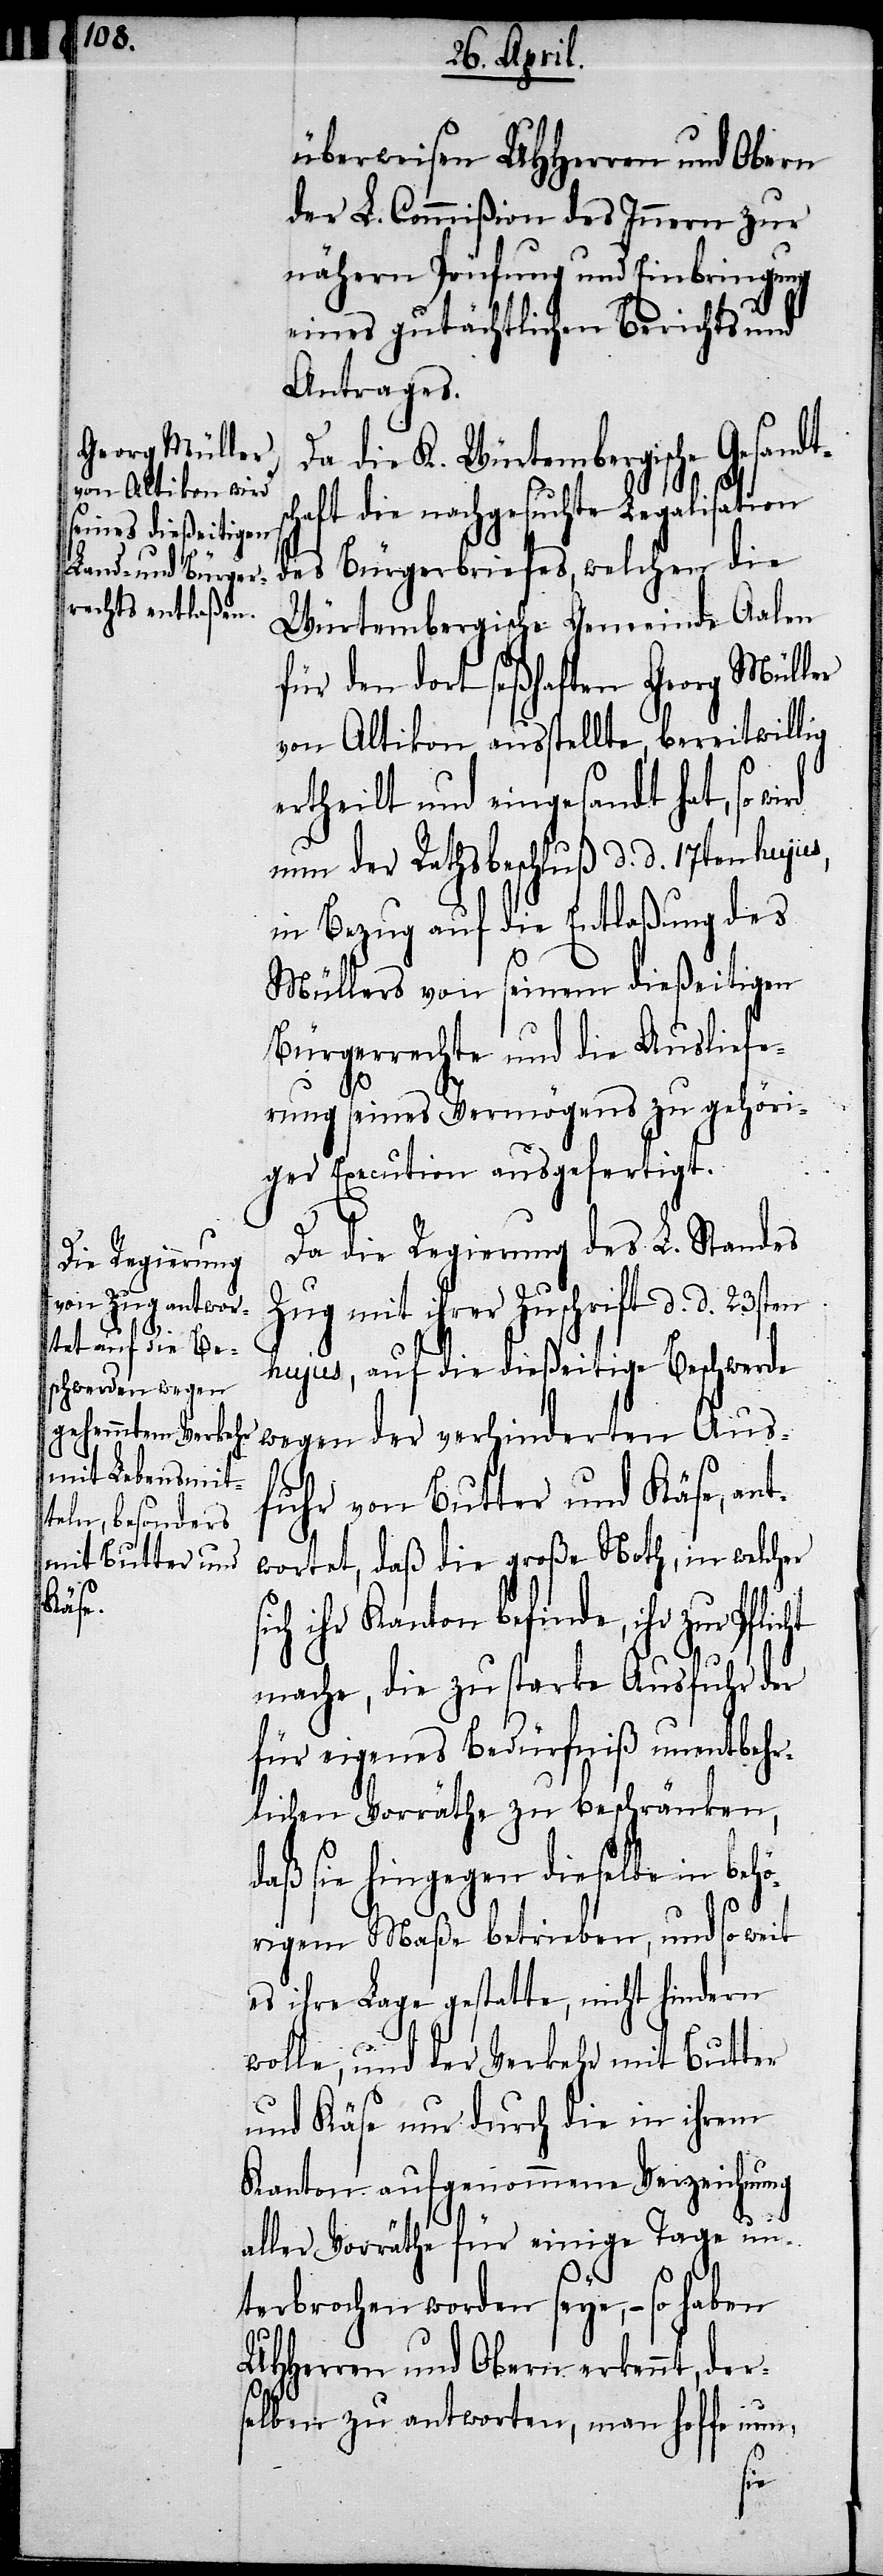
überweisen UHHerren und Obern
der L. Commißion des Innern zur
nähern Prüfung und Einbringung
eines gutächtlichen Berichtes und
Antrages.
Da die K. Würtembergische Gesand¬
haft die nachgesuchte Legalisation
des Bürgerbriefes, welchen die
Würtembergische Gemeinde Aalen
für den dort seßhaften Georg Müller
von Altikon ausstellte, bereitwillig
ertheilt und eingesandt hat, so
nun der Rathsbeschluß d. d. 17. hujus,
in Bezug auf die Entlaßung des
Müllers von seinem dießeitigen
Bürgerrechte und die Ausliefe¬
rung seines Vermögens zu gehöri¬
ger Execution ausgefertigt.
Da die Regierung des L. Standes
Zug mit Zuschrift d. d. 23sten
hujus, auf die dießeitige Beschwerde
wegen der verhinderten Aus¬
fuhr von Butter und Käse, ant¬
wortet, daß die große Noth, in welcher
ihr Kanton befinde, ihr zur
mache, die zu starke Ausfuhr der
für eigenes Bedürfniß unentbeh¬
rlichen Vorräthe zu beschränken,
daß sie hingegen dieselbe in behö¬
tsc¬
rigem Maße betrieben, und so weit
es ihre Lage gestatte, nicht hindern
wolle, und der Verkehr mit Butter
und Käse nur durch die in ihrem
Kanton aufgenommene Verzeichnung
aller Vorräthe für einige Tage un¬
terbrochen worden seye, – so haben
UHHerren und Obern erkennt, der¬
selben zu antworten, man hoffe nun,